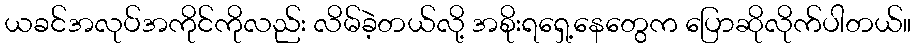
ယခင်အလုပ်အကိုင်ကိုလည်း လိမ်ခဲ့တယ်လို့ အစိုးရရှေ့နေတွေက ပြောဆိုလိုက်ပါတယ်။